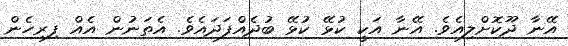
އޭނާ ދޫކޮށްލިއެވެ. އޭނާ އަކީ ކުޅޭ ކުޅޭ ބުދެއްފަދައެވެ. އެތަނުން އެއް ފިރިހެން